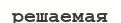
решаемая